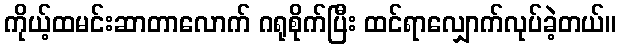
ကိုယ့်ထမင်းဆာတာလောက် ဂရုစိုက်ပြီး ထင်ရာလျှောက်လုပ်ခဲ့တယ်။